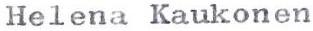
Helena Kaukonen